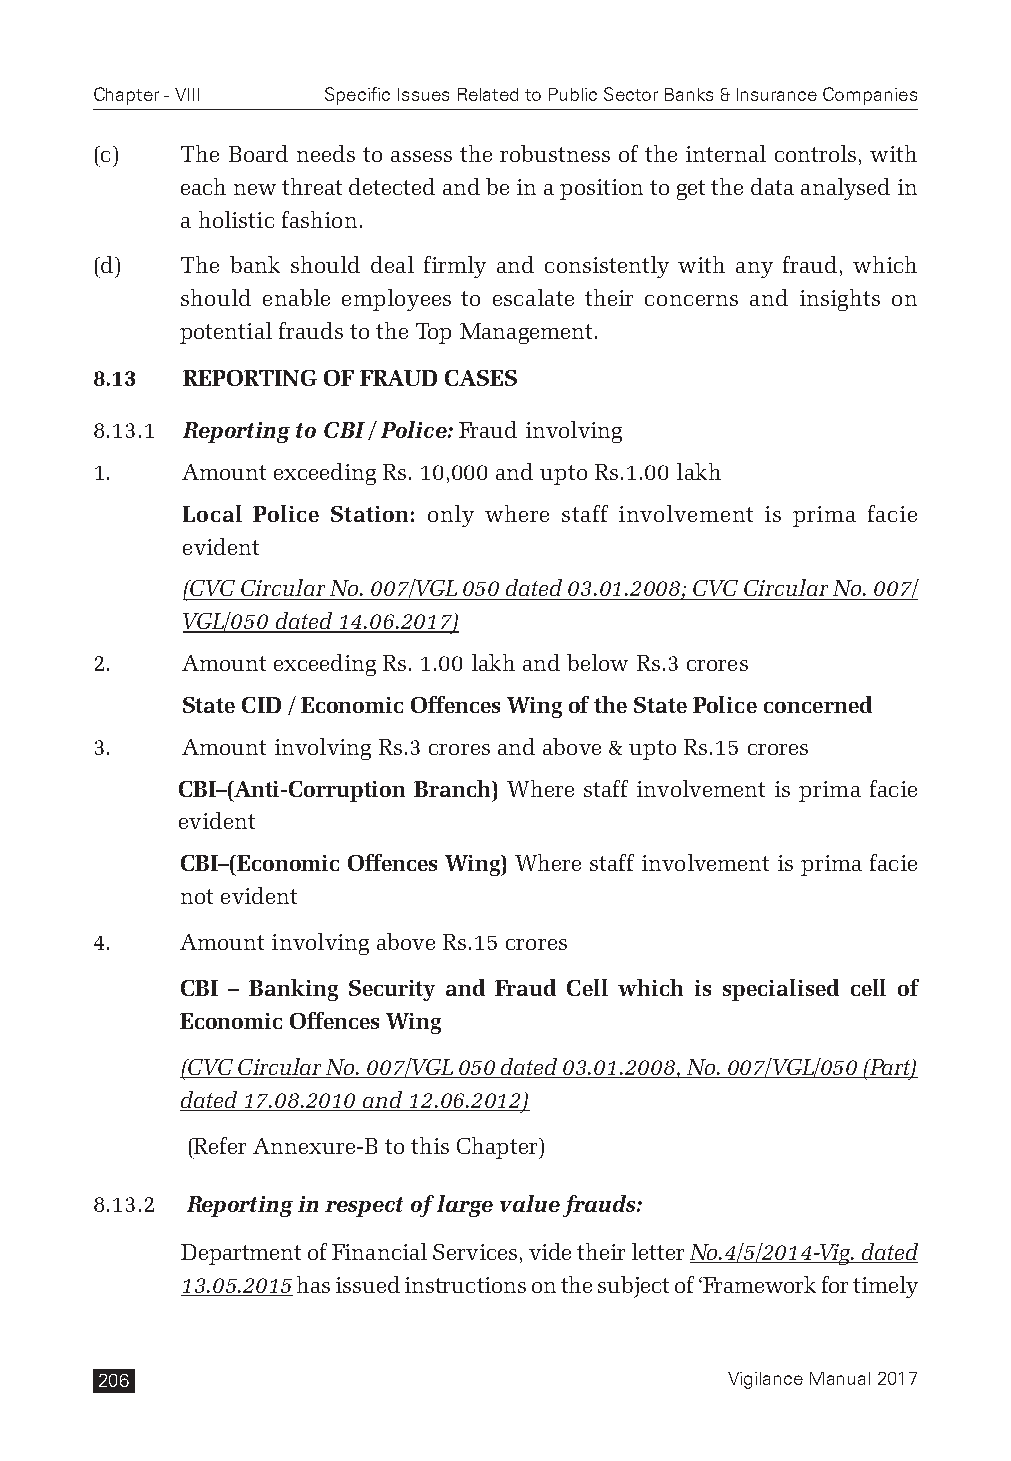
Chapter - VIII Specific Issues Related to Public Sector Banks & Insurance Companies
 (c)   The Board needs to assess the robustness of the internal controls, with
 each new threat detected and be in a position to get the data analysed in
 a holistic fashion.
 (d)   The bank should deal firmly and consistently with any fraud, which
 should enable employees to escalate their concerns and insights on
 potential frauds to the Top Management.
 8.13  REPORTING OF FRAUD CASES
 8.13.1 Reporting to CBI / Police: Fraud involving
 1.    Amount exceeding Rs. 10,000 and upto Rs.1.00 lakh
 Local Police Station: only where staff involvement is prima facie
 evident
 (CVC Circular No. 007/VGL 050 dated 03.01.2008; CVC Circular No. 007/
 VGL/050 dated 14.06.2017)
 2.    Amount exceeding Rs. 1.00 lakh and below Rs.3 crores
 State CID / Economic Offences Wing of the State Police concerned
 3.    Amount involving Rs.3 crores and above & upto Rs.15 crores
 CBI–(Anti-Corruption Branch) Where staff involvement is prima facie
 evident
 CBI–(Economic Offences Wing) Where staff involvement is prima facie
 not evident
 4.    Amount involving above Rs.15 crores
 CBI – Banking Security and Fraud Cell which is specialised cell of
 Economic Offences Wing
 (CVC Circular No. 007/VGL 050 dated 03.01.2008, No. 007/VGL/050 (Part)
 dated 17.08.2010 and 12.06.2012)
 (Refer Annexure-B to this Chapter)
 8.13.2 Reporting in respect of large value frauds:
 Department of Financial Services, vide their letter No.4/5/2014-Vig. dated
 13.05.2015 has issued instructions on the subject of ‘Framework for timely
 206                                       Vigilance Manual 2017